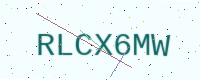
Text: RLCX6MW